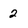
Character: 2